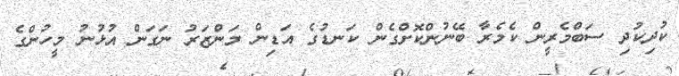
ކުދިކުދި ސަބްމެރީން ކެމެރާ ބޭނުންކޮށްގެން ކަނޑުގެ އަޑިން މަންޒަރު ނަގަން އުޅުނު މީހުންގެ